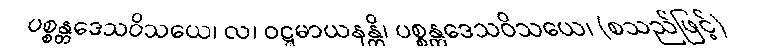
ပစ္စန္တဒေသဝိသယေ၊ လ၊ ဝဋ္ဋမာယနန္တိ၊ ပစ္စန္တဒေသဝိသယေ၊ (စသည်ဖြင့်)